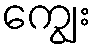
ကျွေး